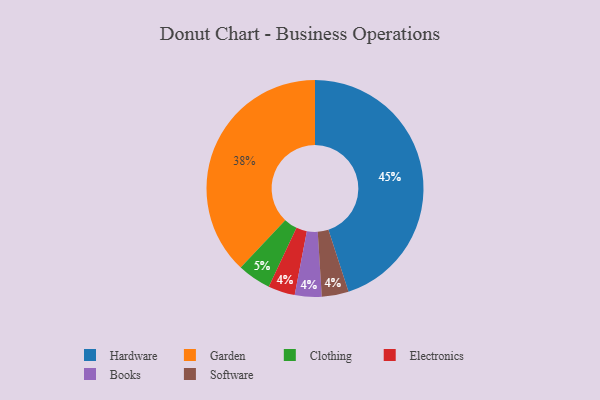
{"axis": {"x": "Category", "y": "Percentage"}, "legend": ["Books", "Clothing", "Electronics", "Garden", "Hardware", "Software"], "data": [{"x": "Clothing", "y": 5, "type": "Clothing"}, {"x": "Hardware", "y": 45, "type": "Hardware"}, {"x": "Garden", "y": 38, "type": "Garden"}, {"x": "Electronics", "y": 4, "type": "Electronics"}, {"x": "Books", "y": 4, "type": "Books"}, {"x": "Software", "y": 4, "type": "Software"}]}